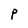
Character: P